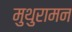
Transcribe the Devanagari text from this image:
मुथुरामन